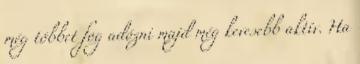
még többet fog adózni majd még kevesebb aktív. Ha